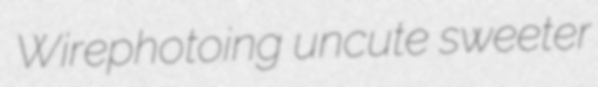
Wirephotoing uncute sweeter